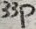
Text: 33p